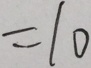
= 1 0